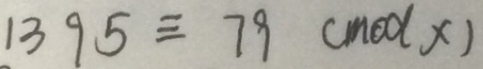
1 3 9 5 \equiv 7 9 ( m o d x )